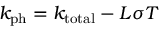
k _ { \mathrm { p h } } = k _ { \mathrm { t o t a l } } - L { \sigma } T